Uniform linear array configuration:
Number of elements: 4
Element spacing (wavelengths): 0.25
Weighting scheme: cosine
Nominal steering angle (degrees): -30
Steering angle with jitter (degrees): -28.994
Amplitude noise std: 0.05
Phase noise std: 0.05

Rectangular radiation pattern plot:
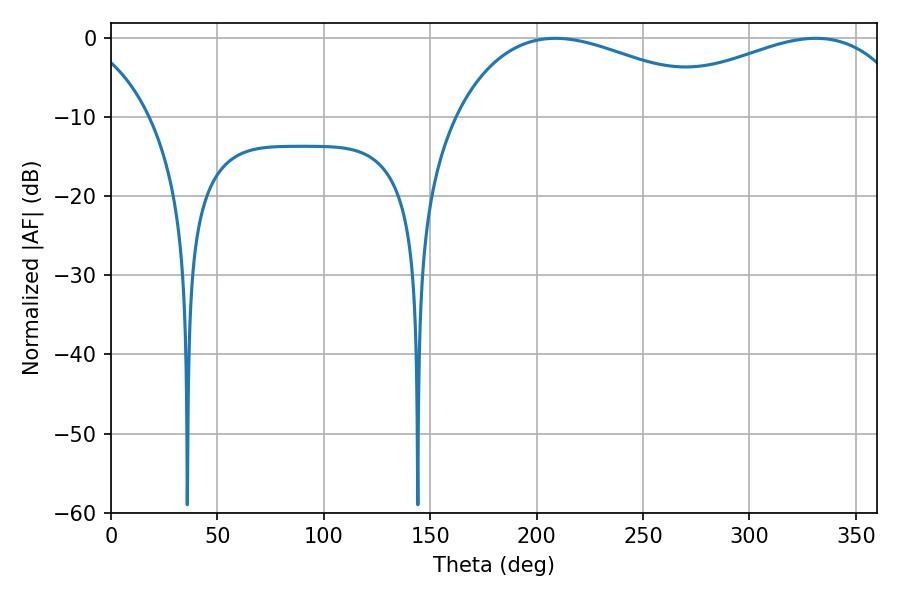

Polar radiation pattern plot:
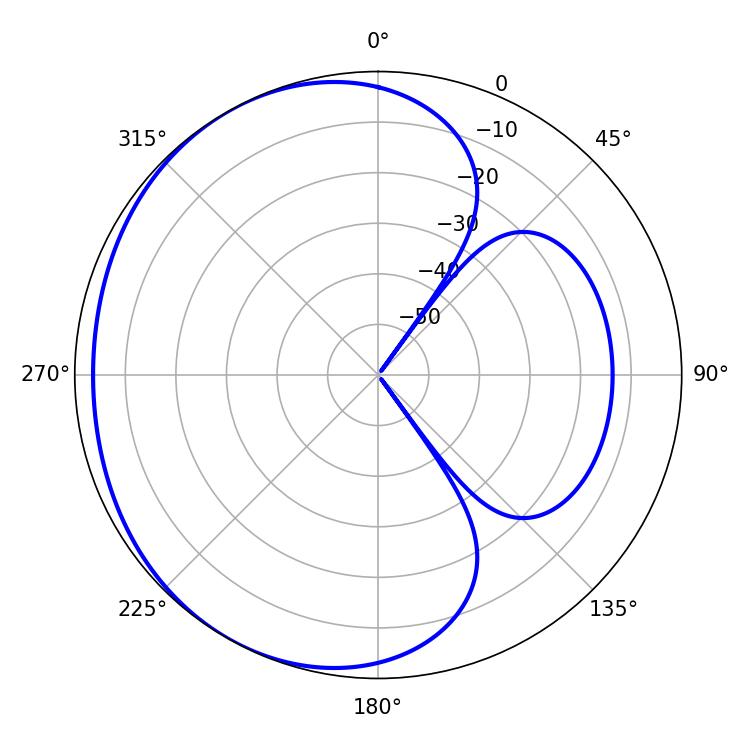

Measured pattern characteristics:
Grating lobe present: FALSE
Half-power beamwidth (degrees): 72.72
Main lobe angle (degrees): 208.8